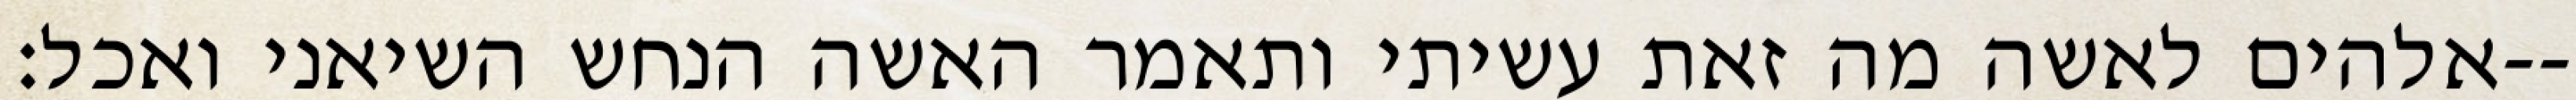
אלהים לאשה מה זאת עשיתי ותאמר האשה הנחש השיאני ואכל׃--